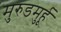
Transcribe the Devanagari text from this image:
मुरुडमुर्हू